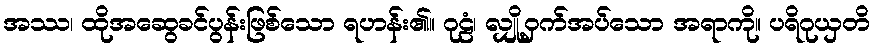
အဿ၊ ထိုအဆွေခင်ပွန်းဖြစ်သော ရဟန်း၏။ ဂုဠံ၊ လျှို့ဝှက်အပ်သော အရာကို။ ပရိဂုယှတိ